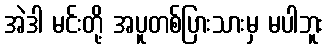
အဲဒါ မင်းတို့ အပူတစ်ပြားသားမှ မပါဘူး